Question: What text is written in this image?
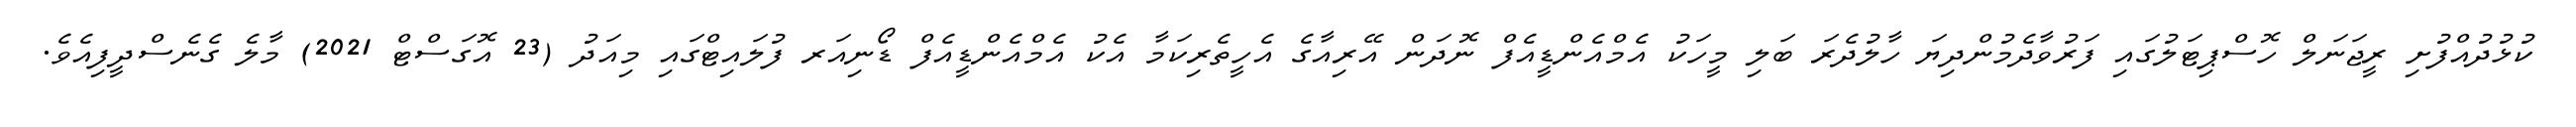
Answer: ކުޅުދުއްފުށި ރީޖަނަލް ހޮސްޕިޓަލުގައި ފަރުވާދެމުންދިޔަ ހާލުދެރަ ބަލި މީހަކު އެމްއެންޑީއެފް ނޮދަން އޭރިއާގެ އެހީތެރިކަމާ އެކު އެމްއެންޑީއެފް ޑޯނިއަރ ފުލައިޓްގައި މިއަދު (23 އޮގަސްޓް 2021) މާލެ ގެނެސްދީފިއެވެ.